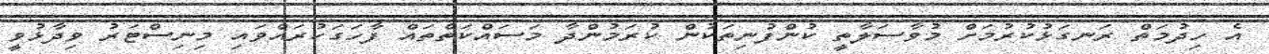
އެ ހިދުމަތް ރަނގަޅުކުރުމަށް މުވާސަލާތީ ކުންފުނިތަކުން ކުރަމުންދާ މަސައްކަތްތައް ފާހަގަކުރައްވައި މިނިސްޓަރު ވިދާޅުވީ